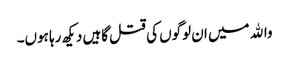
واﷲ میں ان لوگوں کی قتل گاہیں دیکھ رہا ہوں۔